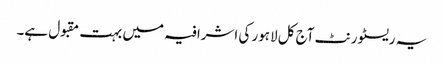
یہ ریسٹورنٹ آج کل لاہور کی اشرافیہ میں بہت مقبول ہے۔